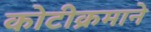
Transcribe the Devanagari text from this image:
कोटीक्रमाने